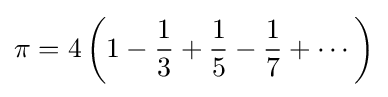
\pi =4\left(1-{\frac {1}{3}}+{\frac {1}{5}}-{\frac {1}{7}}+\cdots \right)